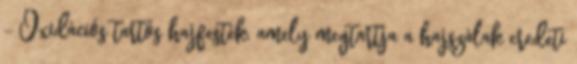
- Oxidációs tartós hajfesték, amely megtartja a hajszálak eredeti